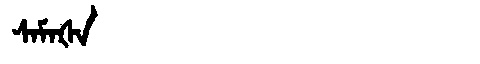
Manchu: ᠰᠠᠮᠠᡧᠠ
Romanization: SAMAŠA